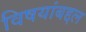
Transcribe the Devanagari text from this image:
विषयांबद्दल